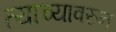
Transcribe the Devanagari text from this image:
त्याच्यावरुन